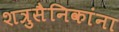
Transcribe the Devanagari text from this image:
शत्रुसैनिकांना